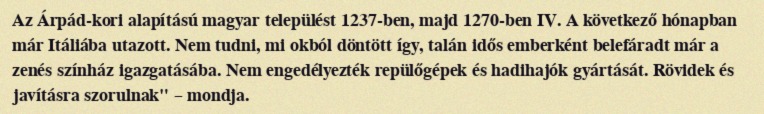
Az Árpád-kori alapítású magyar települést 1237-ben, majd 1270-ben IV. A következő hónapban már Itáliába utazott. Nem tudni, mi okból döntött így, talán idős emberként belefáradt már a zenés színház igazgatásába. Nem engedélyezték repülőgépek és hadihajók gyártását. Rövidek és javításra szorulnak" – mondja.